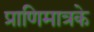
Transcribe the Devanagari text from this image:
प्राणिमात्रके